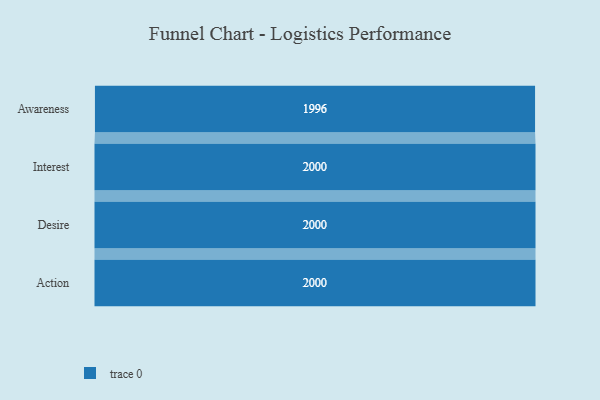
{"axis": {"x": "Stage", "y": "Value"}, "legend": [""], "data": [{"x": "Awareness", "y": 1996.0, "type": ""}, {"x": "Interest", "y": 2000, "type": ""}, {"x": "Desire", "y": 2000, "type": ""}, {"x": "Action", "y": 2000, "type": ""}]}